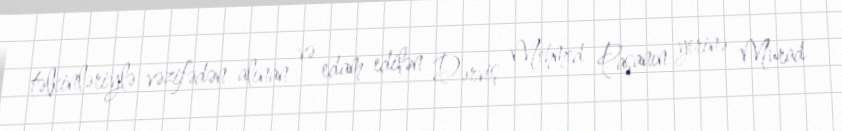
təlkinləriylə vəzifədən alınan və edam edilən Dərviş Mehmed Paşanın yerinə Murad